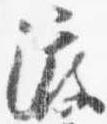
渡